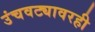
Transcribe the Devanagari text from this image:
उंचवट्यावरही